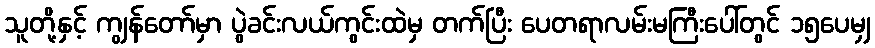
သူတို့နှင့် ကျွန်တော်မှာ ပွဲခင်းလယ်ကွင်းထဲမှ တက်ပြီး ပေတရာလမ်းမကြီးပေါ်တွင် ၁၅ပေမျှ